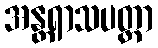
အန္တရာသပတ္တာ